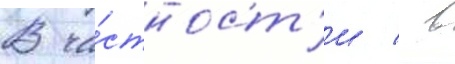
В ча́стност'и / в